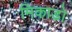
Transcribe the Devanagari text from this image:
मिकाडो